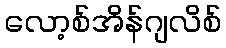
လော့စ်အိန်ဂျလိစ်